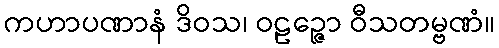
ကဟာပဏာနံ ဒိဝသ၊ ဝဠဉ္ဇော ဝီသတမ္ဗဏံ။